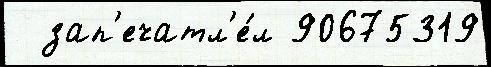
  зап'ечатл'е́л 90675319